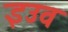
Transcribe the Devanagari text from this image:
इउव